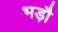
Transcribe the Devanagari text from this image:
भड़ौ